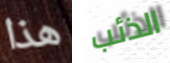
هذا الذئب